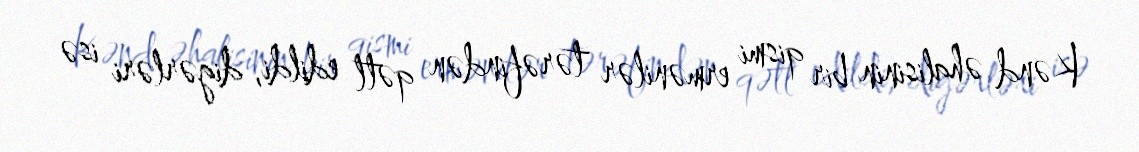
Kənd əhalisinin bir qismi ermənilər tərəfindən qətl edildi, digərləri isə